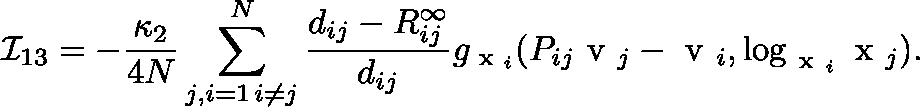
{ \mathcal I } _ { 1 3 } = - \frac { \kappa _ { 2 } } { 4 N } \sum _ { \substack { j , i = 1 \, i \neq j } } ^ { N } \frac { d _ { i j } - R _ { i j } ^ { \infty } } { d _ { i j } } g _ { \scriptsize \mathrm { \boldmath ~ x ~ } _ { i } } ( P _ { i j } \mathrm { \boldmath ~ v ~ } _ { j } - \mathrm { \boldmath ~ v ~ } _ { i } , \log _ { \mathrm { \boldmath ~ x ~ } _ { i } } \mathrm { \boldmath ~ x ~ } _ { j } ) .